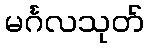
မင်္ဂလသုတ်